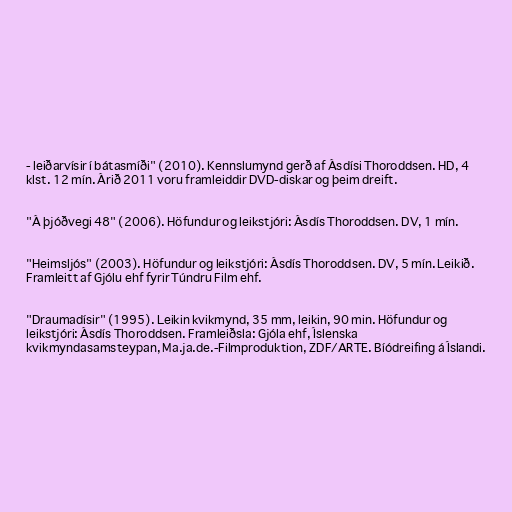
- leiðarvísir í bátasmíði" (2010). Kennslumynd gerð af Ásdísi Thoroddsen. HD, 4
klst. 12 mín. Árið 2011 voru framleiddir DVD-diskar og þeim dreift.

"Á þjóðvegi 48" (2006). Höfundur og leikstjóri: Ásdís Thoroddsen. DV, 1 mín.

"Heimsljós" (2003). Höfundur og leikstjóri: Ásdís Thoroddsen. DV, 5 mín. Leikið.
Framleitt af Gjólu ehf fyrir Túndru Film ehf.

"Draumadísir" (1995). Leikin kvikmynd, 35 mm, leikin, 90 min. Höfundur og
leikstjóri: Ásdís Thoroddsen. Framleiðsla: Gjóla ehf, Íslenska
kvikmyndasamsteypan, Ma.ja.de.-Filmproduktion, ZDF/ARTE. Bíódreifing á Íslandi.